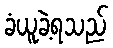
ခံယူခဲ့ရသည်